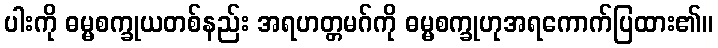
ပါးကို ဓမ္မစက္ခုယတစ်နည်း အရဟတ္တမဂ်ကို ဓမ္မစက္ခုဟုအရကောက်ပြထား၏။